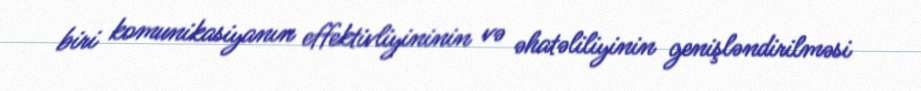
biri komunikasiyanın effektivliyininin və əhatəliliyinin genişləndirilməsi